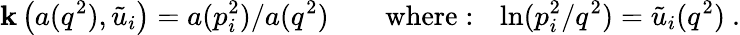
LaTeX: \mathbf{k}\left(a(q^{2}),{\tilde{{u}}}_{i}\right)=a(p_{i}^{2})/a(q^{2})\qquad\mathrm{{where:~}}\ \ln(p_{i}^{2}/q^{2})={\tilde{{u}}}_{i}(q^{2})\ .